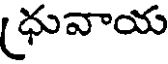
(ధువాయ